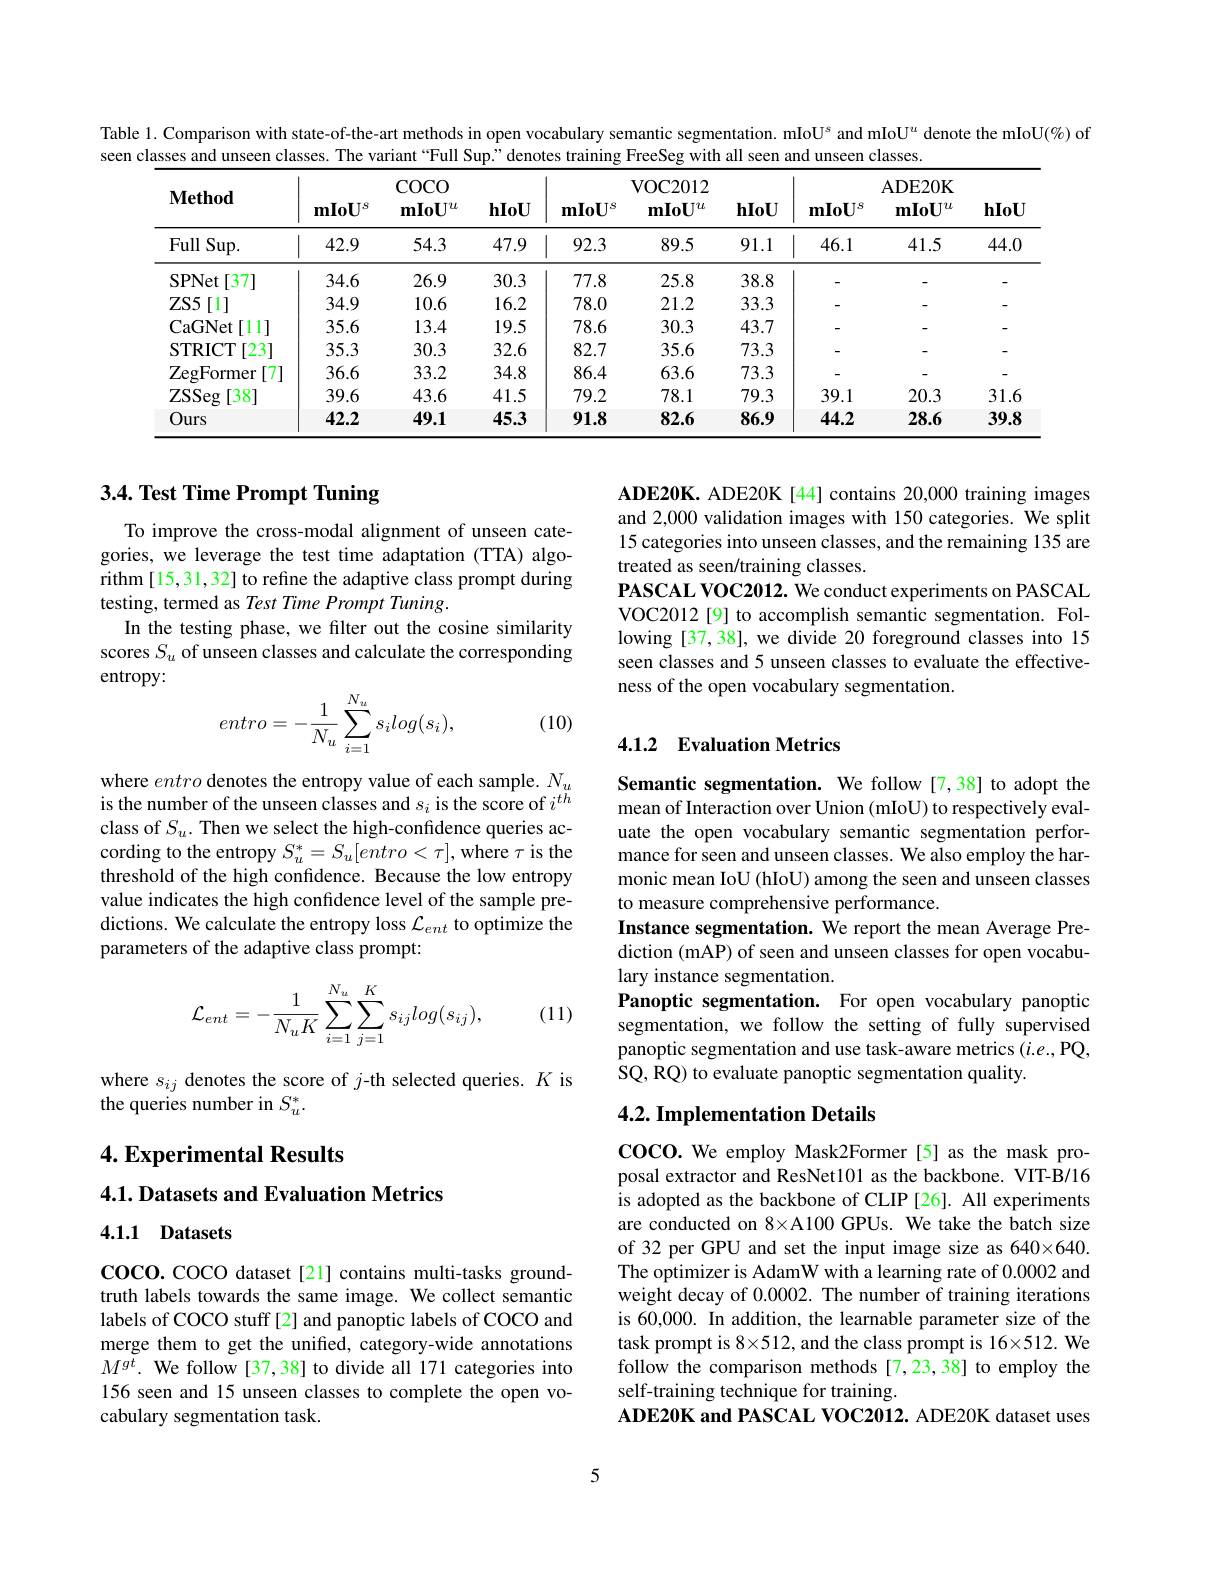
Table 1. Comparison with state-of-the-art methods in open vocabulary semantic segmentation. mIoU$^{s}$ and mIoU$^{u}$ denote the mIoU(%) of
seen classes and unseen classes. The variant “Full Sup’’ denotes training FreeSeg with all seen and unseen classes.

<table>
	<tbody>
		<tr>
			<th>$\mathbf{Method}$</th>
			<th>$\mathbf{mIoU}^{s}$</th>
			<th>$\operatorname{COCO}$ $\mathbf{mIoU}^{u}$</th>
			<th>hIoU</th>
			<th>$\mathbf{mIoU}^{s}$</th>
			<th>VOC2012 $\mathbf{mIoU}^{u}$</th>
			<th>hIoU</th>
			<th>$\mathbf{mIoU}^{s}$</th>
			<th>ADE20K $\mathbf{mIoU}^{u}$</th>
			<th>hIoU</th>
		</tr>
		<tr>
			<td>Full $\operatorname{Sup}.$</td>
			<td>42.9</td>
			<td>54.3</td>
			<td>47.9</td>
			<td>92.3</td>
			<td>89.5</td>
			<td>91.1</td>
			<td>46.1</td>
			<td>41.5</td>
			<td>44.0</td>
		</tr>
		<tr>
			<td>SPNet [37]</td>
			<td>34.6</td>
			<td>26.9</td>
			<td>30.3</td>
			<td>77.8</td>
			<td>25.8</td>
			<td>38.8</td>
			<td> </td>
			<td> </td>
			<td>-</td>
		</tr>
		<tr>
			<td>$ZS5$ [1]</td>
			<td>34.9</td>
			<td>10.6</td>
			<td>16.2</td>
			<td>78.0</td>
			<td>21.2</td>
			<td>33.3</td>
			<td> </td>
			<td> </td>
			<td> </td>
		</tr>
		<tr>
			<td>CaGNet [11]</td>
			<td>35.6</td>
			<td>13.4</td>
			<td>19.5</td>
			<td>78.6</td>
			<td>30.3</td>
			<td>43.7</td>
			<td> </td>
			<td> </td>
			<td> </td>
		</tr>
		<tr>
			<td>STRICT [23]</td>
			<td>35.3</td>
			<td>30.3</td>
			<td>32.6</td>
			<td>82.7</td>
			<td>35.6</td>
			<td>73.3</td>
			<td> </td>
			<td> </td>
			<td> </td>
		</tr>
		<tr>
			<td>ZegFormer [7]</td>
			<td>36.6</td>
			<td>33.2</td>
			<td>34.8</td>
			<td>86.4</td>
			<td>63.6</td>
			<td>73.3</td>
			<td> </td>
			<td> </td>
			<td> </td>
		</tr>
		<tr>
			<td>ZSSeg [38]</td>
			<td>39.6</td>
			<td>43.6</td>
			<td>41.5</td>
			<td>79.2</td>
			<td>78.1</td>
			<td>79.3</td>
			<td>39.1</td>
			<td>20.3</td>
			<td>31.6</td>
		</tr>
		<tr>
			<td>Ours</td>
			<td>42.2</td>
			<td>49.1</td>
			<td>45.3</td>
			<td>91.8</td>
			<td>82.6</td>
			<td>86.9</td>
			<td>44.2</td>
			<td>28.6</td>
			<td>39.8</td>
		</tr>
	</tbody>
</table>

# 3.4. Test Time Prompt Tuning

ADE20K. ADE20K [44] contains 20,000 training images and 2,000 validation images with 150 categories. We split 15 categories into unseen classes, and the remaining 135 are treated as seen/training classes.
PASCAL VOC2012. We conduct experiments on PASCAL VOC2012[9] to accomplish semantic segmentation. Following [37,38], we divide 20 foreground classes into 15 seen classes and 5 unseen classes to evaluate the effectiveness of the open vocabulary segmentation.

To improve the cross-modal alignment of unseen categories, we leverage the test time adaptation (TTA) algorithm [15,31,32] to refine the adaptive class prompt during testing, termed as Test Time Prompt Tuning.
In the testing phase, we filter out the cosine similarity scores $S_u$ of unseen classes and calculate the corresponding entropy:
$$entro=-\frac{1}{N_u}\sum_{i=1}^{N_u}s_ilog(s_i),$$
(10)

## 4.1.2 Evaluation Metrics

where entro denotes the entropy value of each sample. $N_u$ is the number of the unseen classes and $s_i$ is the score of $i^{th}$ class of $S_u.$ Then we select the high-confidence queries according to the entropy $S_u^*=S_u[entro<\tau]$, where $\tau$ is the threshold of the high confidence. Because the low entropy value indicates the high confidence level of the sample predictions. We calculate the entropy loss $\mathcal{L}_ent$ to optimize the parameters of the adaptive class prompt:

Semantic segmentation. We follow [7,38] to adopt the mean of Interaction over Union (mIoU) to respectively evaluate the open vocabulary semantic segmentation performance for seen and unseen classes. We also employ the harmonic mean IoU (hIoU) among the seen and unseen classes to measure comprehensive performance.
Instance segmentation. We report the mean Average Prediction (mAP) of seen and unseen classes for open vocabulary instance segmentation.
Panoptic segmentation. For open vocabulary panoptic segmentation, we follow the setting of fully supervised panoptic segmentation and use task-aware metrics $( i. e. $,PQ, SQ, RQ) to evaluate panoptic segmentation quality.
$$\mathcal{L}_{ent}=-\frac{1}{N_uK}\sum_{i=1}^{N_u}\sum_{j=1}^{K}s_{ij}log(s_{ij}),$$
(11)

where $s_{ij}$ denotes the score of $j$-th selected queries. $K$ is
the queries number in $S_u^*.$

## 4.2. Implementation Details

4. Experimental Results

4.1. Datasets and Evaluation Metrics

4.1.1 Datasets

COCO. We employ Mask2Former [5] as the mask proposal extractor and ResNet101 as the backbone. VIT-B/16 is adopted as the backbone of CLIP [26]. All experiments are conducted on 8×A100 GPUs. We take the batch size of 32 per GPU and set the input image size as 640×640. The optimizer is AdamW with a learning rate of 0.0002 and weight decay of 0.0002. The number of training iterations is 60,000. In addition, the learnable parameter size of the task prompt is 8×512, and the class prompt is 16×512. We follow the comparison methods [7,23,38] to employ the self-training technique for training.
ADE20K and PASCAL VOC2012. ADE20K dataset uses

coco. cocO dataset [21] contains multi-tasks groundtruth labels towards the same image. We collect semantic labels of COCO stuff [2] and panoptic labels of COCO and merge them to get the unified, category-wide annotations $M^{gt}.$ We follow [37,38] to divide all 171 categories into 156 seen and 15 unseen classes to complete the open vocabulary segmentation task.

5